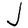
Character: J